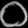
Digit: ၀